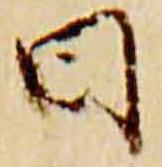
日